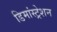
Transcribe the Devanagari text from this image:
डिमांस्ट्रेशन